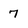
Character: 7